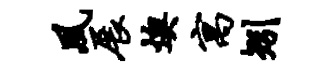
夙展燠寓矧